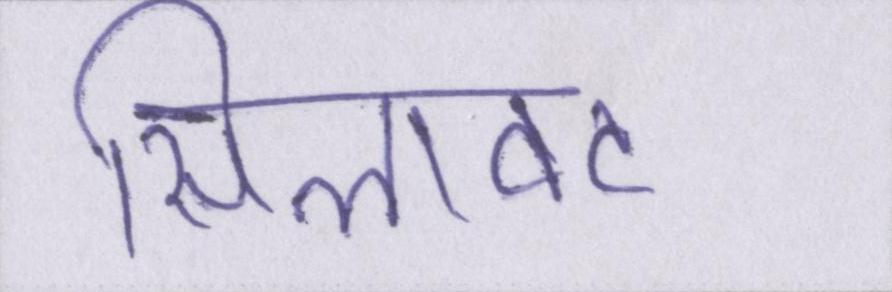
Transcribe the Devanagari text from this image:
सिलावट